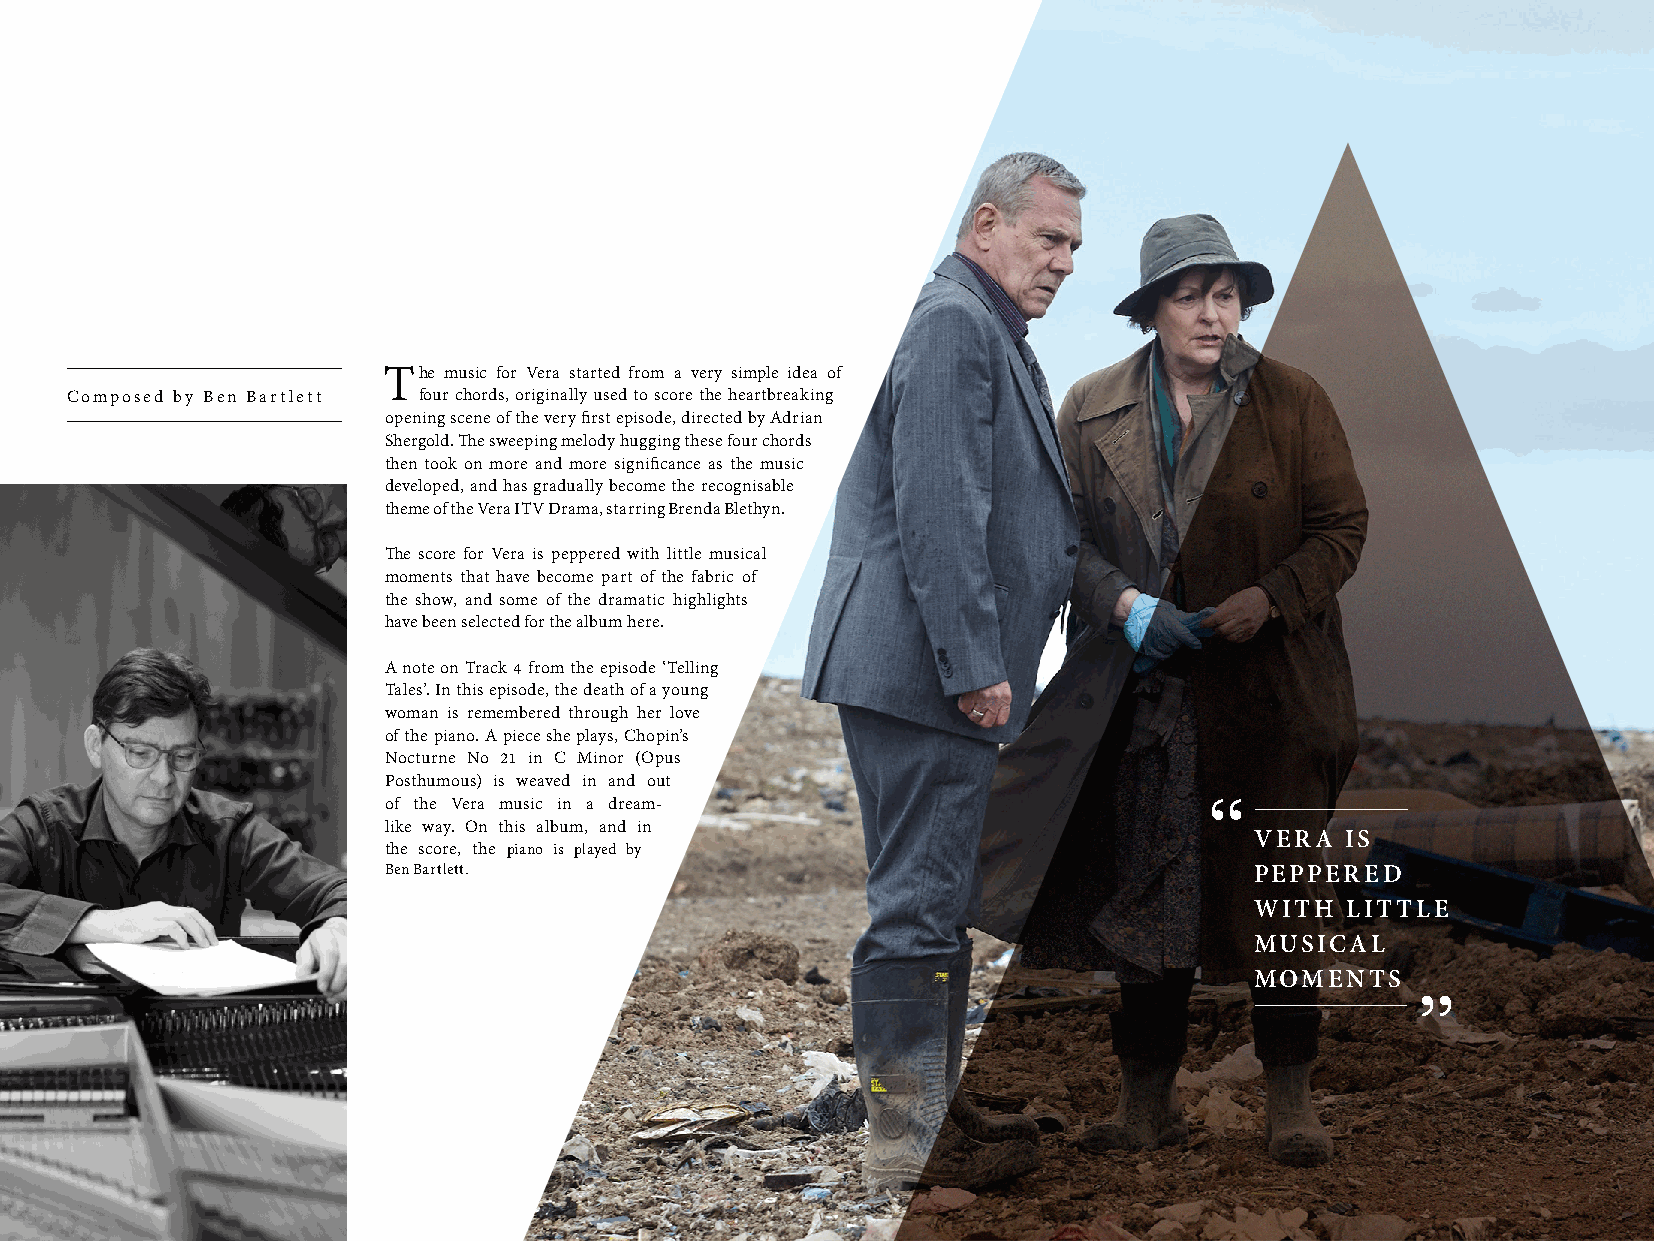
he music for Vera started from a very simple idea of
 Composed by Ben Bartlett four chords, originally used to score the heartbreaking
 opening scene of the very first episode, directed by Adrian
 Shergold. The sweeping melody hugging these four chords
 then took on more and more significance as the music
 developed, and has gradually become the recognisable
 theme of the Vera ITV Drama, starring Brenda Blethyn.
 The score for Vera is peppered with little musical
 moments that have become part of the fabric of
 the show, and some of the dramatic highlights
 have been selected for the album here.
 A note on Track 4 from the episode ‘Telling
 Tales’. In this episode, the death of a young
 woman is remembered through her love
 of the piano. A piece she plays, Chopin’s
 Nocturne No 21 in C Minor (Opus
 Posthumous) is weaved in and out
 of the Vera music in a dream-
 like way. On this album, and in
 VERA  IS
 the score, the piano is played by
 Ben Bartlett.                                             PEPPERED
 WITH  LITTLE
 MUSICAL
 MOMENTS